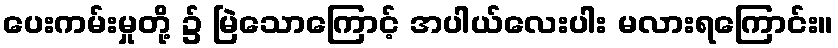
ပေးကမ်းမှုတို့ ၌ မြဲသောကြောင့် အပါယ်လေးပါး မလားရကြောင်း။